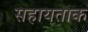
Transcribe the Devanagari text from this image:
सहायताक